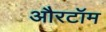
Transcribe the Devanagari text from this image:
औरटॉम